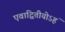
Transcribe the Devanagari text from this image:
एवाद्वितीयोऽहं